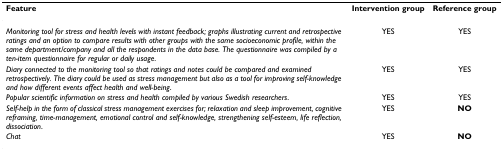
| Feature | Intervention group | Reference group |
 | --- | --- | --- |
 | Monitoring tool for stress and health levels with instant feedback; graphs illustrating current and retrospective ratings and an option to compare results with other groups with the same socioeconomic profile, within the same department/company and all the respondents in the data base. The questionnaire was compiled by a ten-item questionnaire for regular or daily usage. | YES | YES |
 | Diary connected to the monitoring tool so that ratings and notes could be compared and examined retrospectively. The diary could be used as stress management but also as a tool for improving self-knowledge and how different events affect health and well-being. | YES | YES |
 | Popular scientific information on stress and health compiled by various Swedish researchers. | YES | YES |
 | Self-help in the form of classical stress management exercises for; relaxation and sleep improvement, cognitive reframing, time-management, emotional control and self-knowledge, strengthening self-esteem, life reflection, dissociation. | YES | NO |
 | Chat | YES | NO |